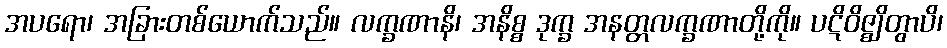
အပရော၊ အခြားတစ်ယောက်သည်။ လက္ခဏာနိ၊ အနိစ္စ ဒုက္ခ အနတ္တလက္ခဏာတို့ကို။ ပဋိဝိဇ္ဈိတွာပိ၊